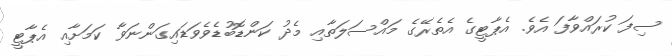
ސިފަ ކުރައްވާފަ އެވެ. އެޕާޓީގެ އެތެރޭގެ މައްސަލަތާއި މެދު ކަންޑޮބުޑެވެވަޑައިގަންނަވާ ކަމަށާއި އެޕާޓީ